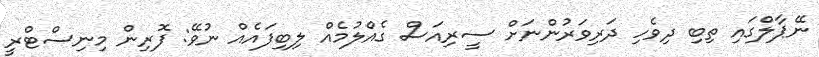
ނޭޕާލްގައި ތިބި ދިވެހި ދަރިވަރުންނަށް ސީރިއަސް ގެއްލުމެއް ލިބިފައެއް ނުވޭ: ފޮރިން މިނިސްޓްރީ